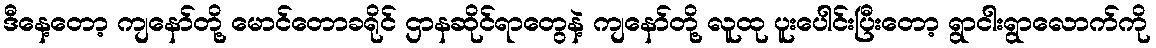
ဒီနေ့တော့ ကျနော်တို့ မောင်တောခရိုင် ဌာနဆိုင်ရာတွေနဲ့ ကျနော်တို့ လူထု ပူးပေါင်းပြီးတော့ ရွာငါးရွာလောက်ကို